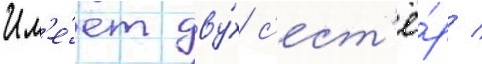
Им'е́ет дву́х с'ест'ё́р /